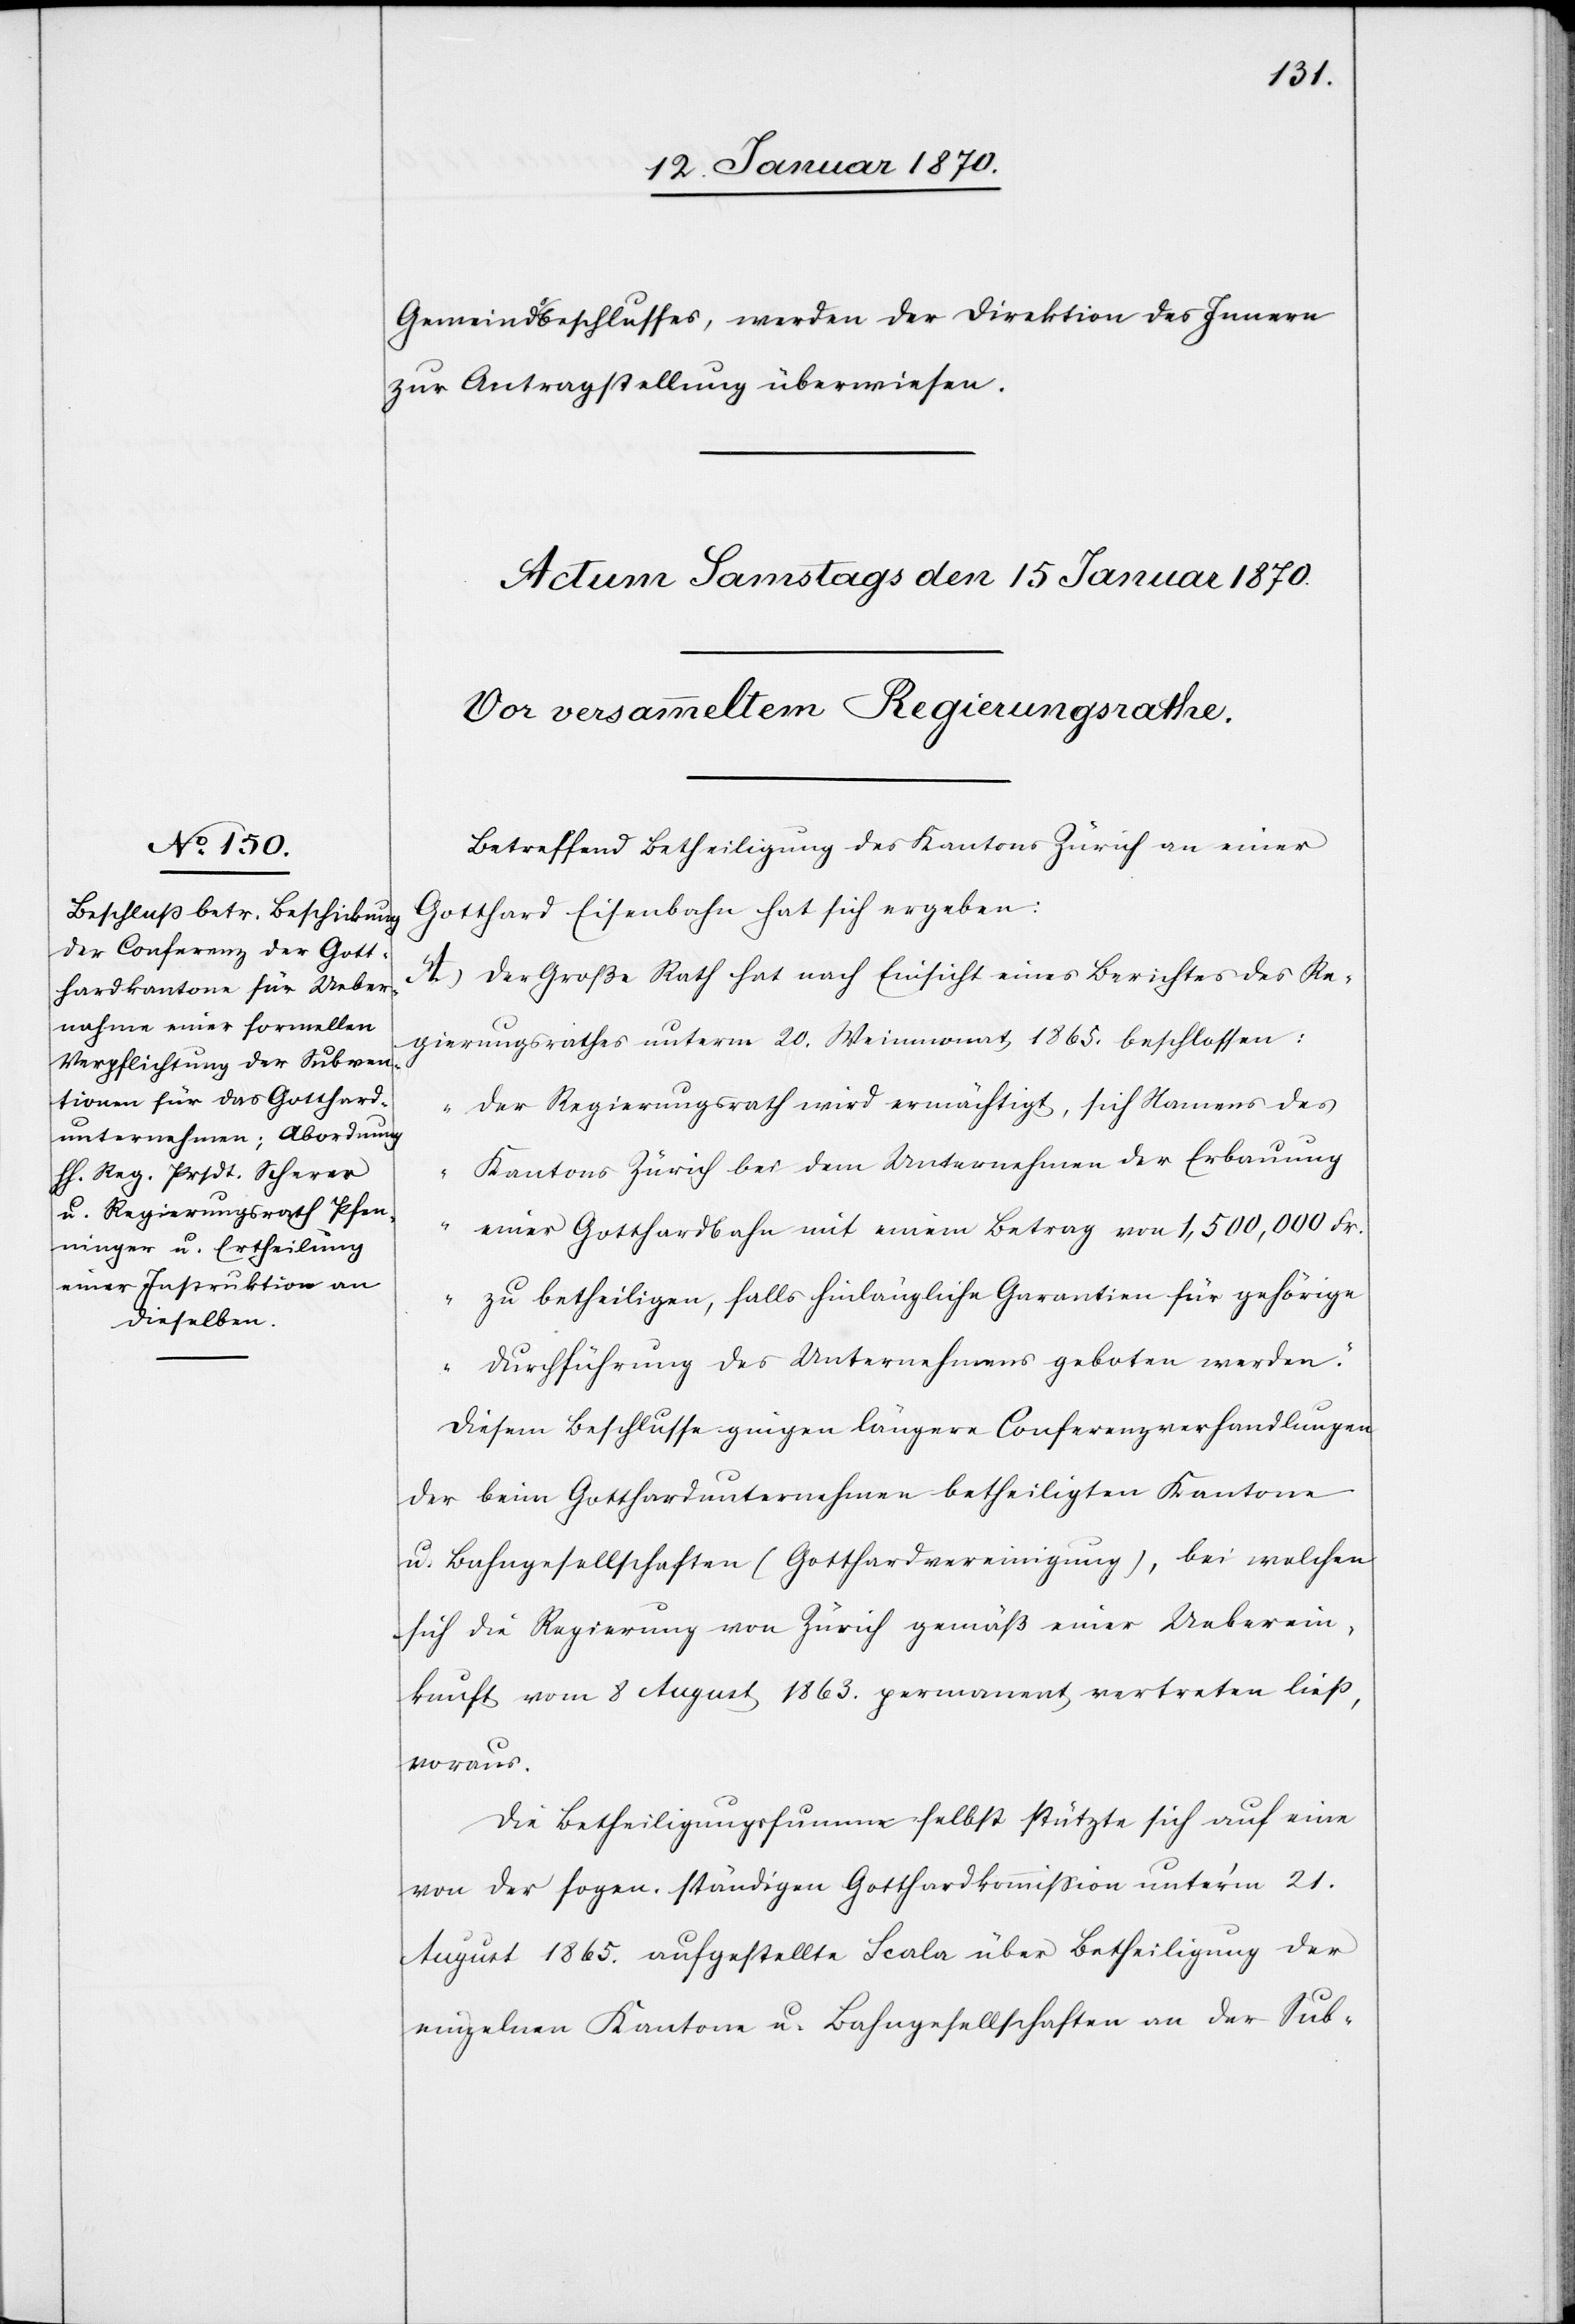
Gemeindsbeschlusses, werden der Direktion des Innern
zur Antragstellung überwiesen.
Betreffend Betheiligung des Kantons Zürich an einer
Gotthard Eisenbahn hat sich ergeben:
A. Der Große Rath hat nach Einsicht eines Berichtes des Re¬
gierungsrathes unterm 20. Weinmonat 1865. beschlossen:
„Der Regierungsrath wird ermächtigt, sich Namens des
Kantons Zürich bei dem Unternehmen der Erbauung
einer Gotthardbahn mit einem Betrag von 1,500,000 Fr.
zu betheiligen, falls hinlängliche Garantien für gehörige
Durchführung des Unternehmens geboten werden.“
Diesem Beschlusse gingen längere Conferenzverhandlungen
der beim Gotthardunternehmen betheiligten Kantone
u. Bahngesellschaften (Gotthardvereinigung), bei welchen
sich die Regierung von Zürich gemäß einer Ueberein¬
kunft vom 8 August 1863. permanent vertreten ließ,
voraus.
Die Betheiligungssumme selbst stützte sich auf eine
von der sogen. ständigen Gotthardkommission unterm 21.
August 1865. aufgestellte Scala über Betheiligung der
einzelnen Kantone u. Bahngesellschaften an der Sub-